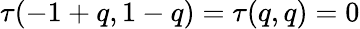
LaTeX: \tau(-1+q,1-q)=\tau(q,q)=0